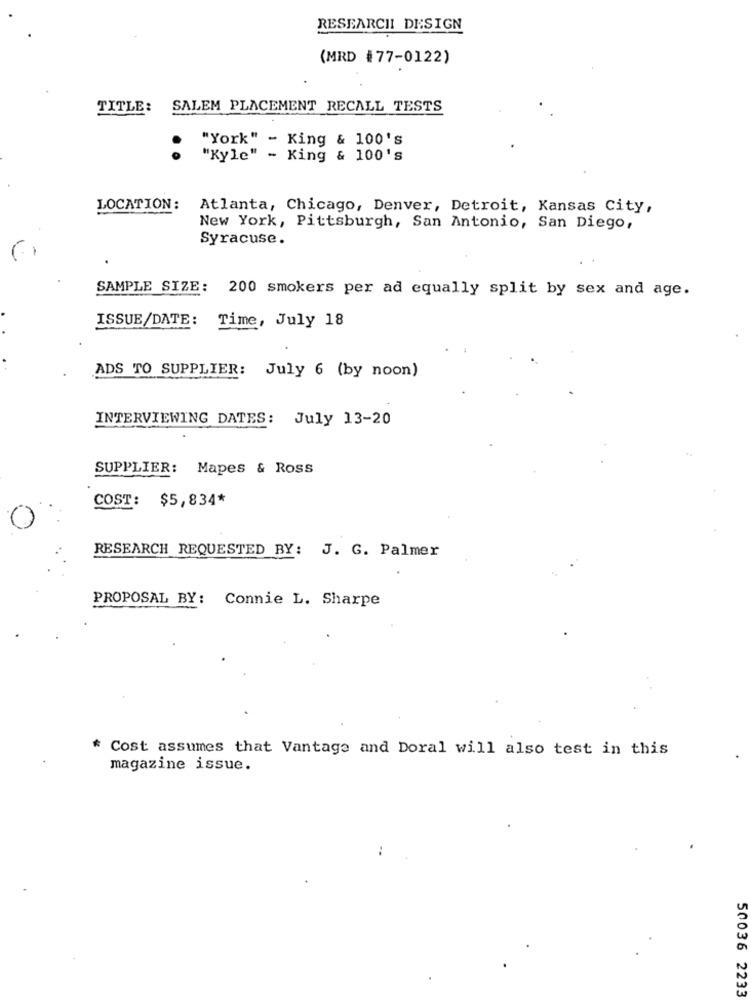
RESEARCHI DESIGN
(MRD #77-0122)
TITLE:
SALEM PLACEMENT RECALL TESTS
"York" - King & 100's
"Kyle" - King & 100's
LOCATION:
Atlanta, Chicago, Denver, Detroit, Kansas City,
New York, Pittsburgh, San Antonio, San Diego,
Syracuse.
SAMPLE SIZE: 200 smokers per ad equally split by sex and age.
ISSUE/DATE: Time, July 18
ADS TO SUPPLIER: July 6 (by noon)
INTERVIEWING DATES: July 13-20
SUPPLIER: Mapes & Ross
COST: $5,834*
RESEARCH REQUESTED BY: J. G. Palmer
PROPOSAL BY: Connie L. Sharpe
* Cost assumes that Vantage and Doral will also test in this
magazine issue.
..
50036 2233